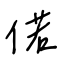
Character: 偌